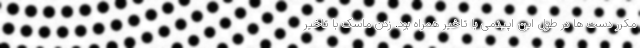
مکرر دست ها در طول این اپیدمی با تاخیر همراه بود. زدن ماسک با تاخیر